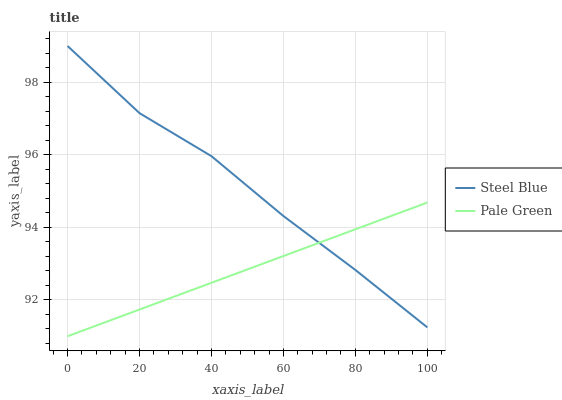
| xaxis_label | Steel Blue | Pale Green |
 | --- | --- | --- |
 | 0 | 99 | 91 |
 | 20 | 97.1 | 91.7 |
 | 40 | 96 | 92.5 |
 | 60 | 94.3 | 93.2 |
 | 80 | 92.8 | 93.9 |
 | 100 | 91.2 | 94.7 |